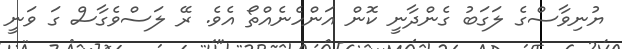
ޔުނިވާސްގެ ލަގަބު ގެންދާނީ ކޮން އަންހެނެއްތޯ އެވެ. ރޭ ލަސްވެގާސް ގަ ވަނީ